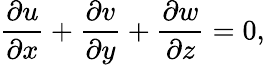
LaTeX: \frac{\partial u}{\partial x}+\frac{\partial v}{\partial y}+\frac{\partial w}{\partial z}=0,